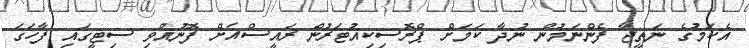
އެކަމުގެ ނަތީޖާ ފެންނަމުން ނުދާ ކަމަށް ޕްރޮސިކިއުޓަރުން ރައީސްއަށް ފޮނުއްވި ސިޓީގައި ފާހަގަ